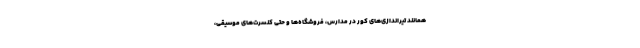
همانند تیراندازی‌های کور در مدارس، فروشگاه‌ها و حتی کنسرت‌های موسیقی،